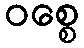
ဝစ္စေ